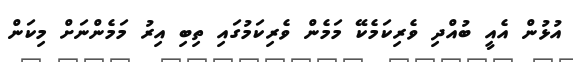
އުޅުން އެއީ ބުއްދި ވެރިކަމެކޭ މަމެން ވެރިކަމުގައި ތިބި އިރު މަމެންނަށް މިކަން